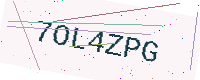
Text: 7OL4ZPG